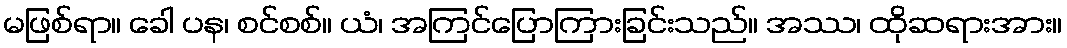
မဖြစ်ရာ။ ခေါ ပန၊ စင်စစ်။ ယံ၊ အကြင်ပြောကြားခြင်းသည်။ အဿ၊ ထိုဆရားအား။